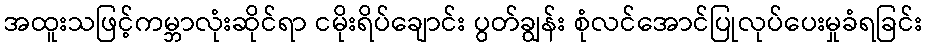
အထူးသဖြင့်ကမ္ဘာလုံးဆိုင်ရာ ငမိုးရိပ်ချောင်း ပွတ်ချွန်း စုံလင်အောင်ပြုလုပ်ပေးမှုခံရခြင်း